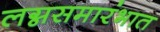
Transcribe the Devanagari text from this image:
लग्नसमारंभात